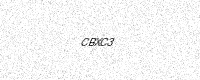
Text: CBXC3